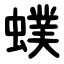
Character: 䗱